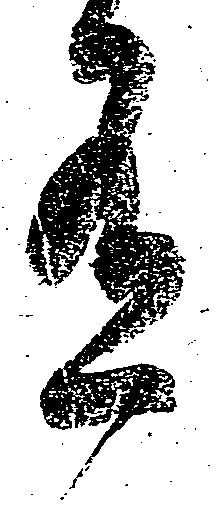
有